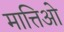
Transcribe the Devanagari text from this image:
मात्तिओ